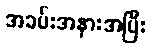
အခမ်းအနားအပြီး